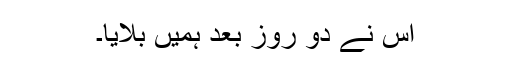
اس نے دو روز بعد ہمیں بلایا۔